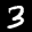
Label: 3